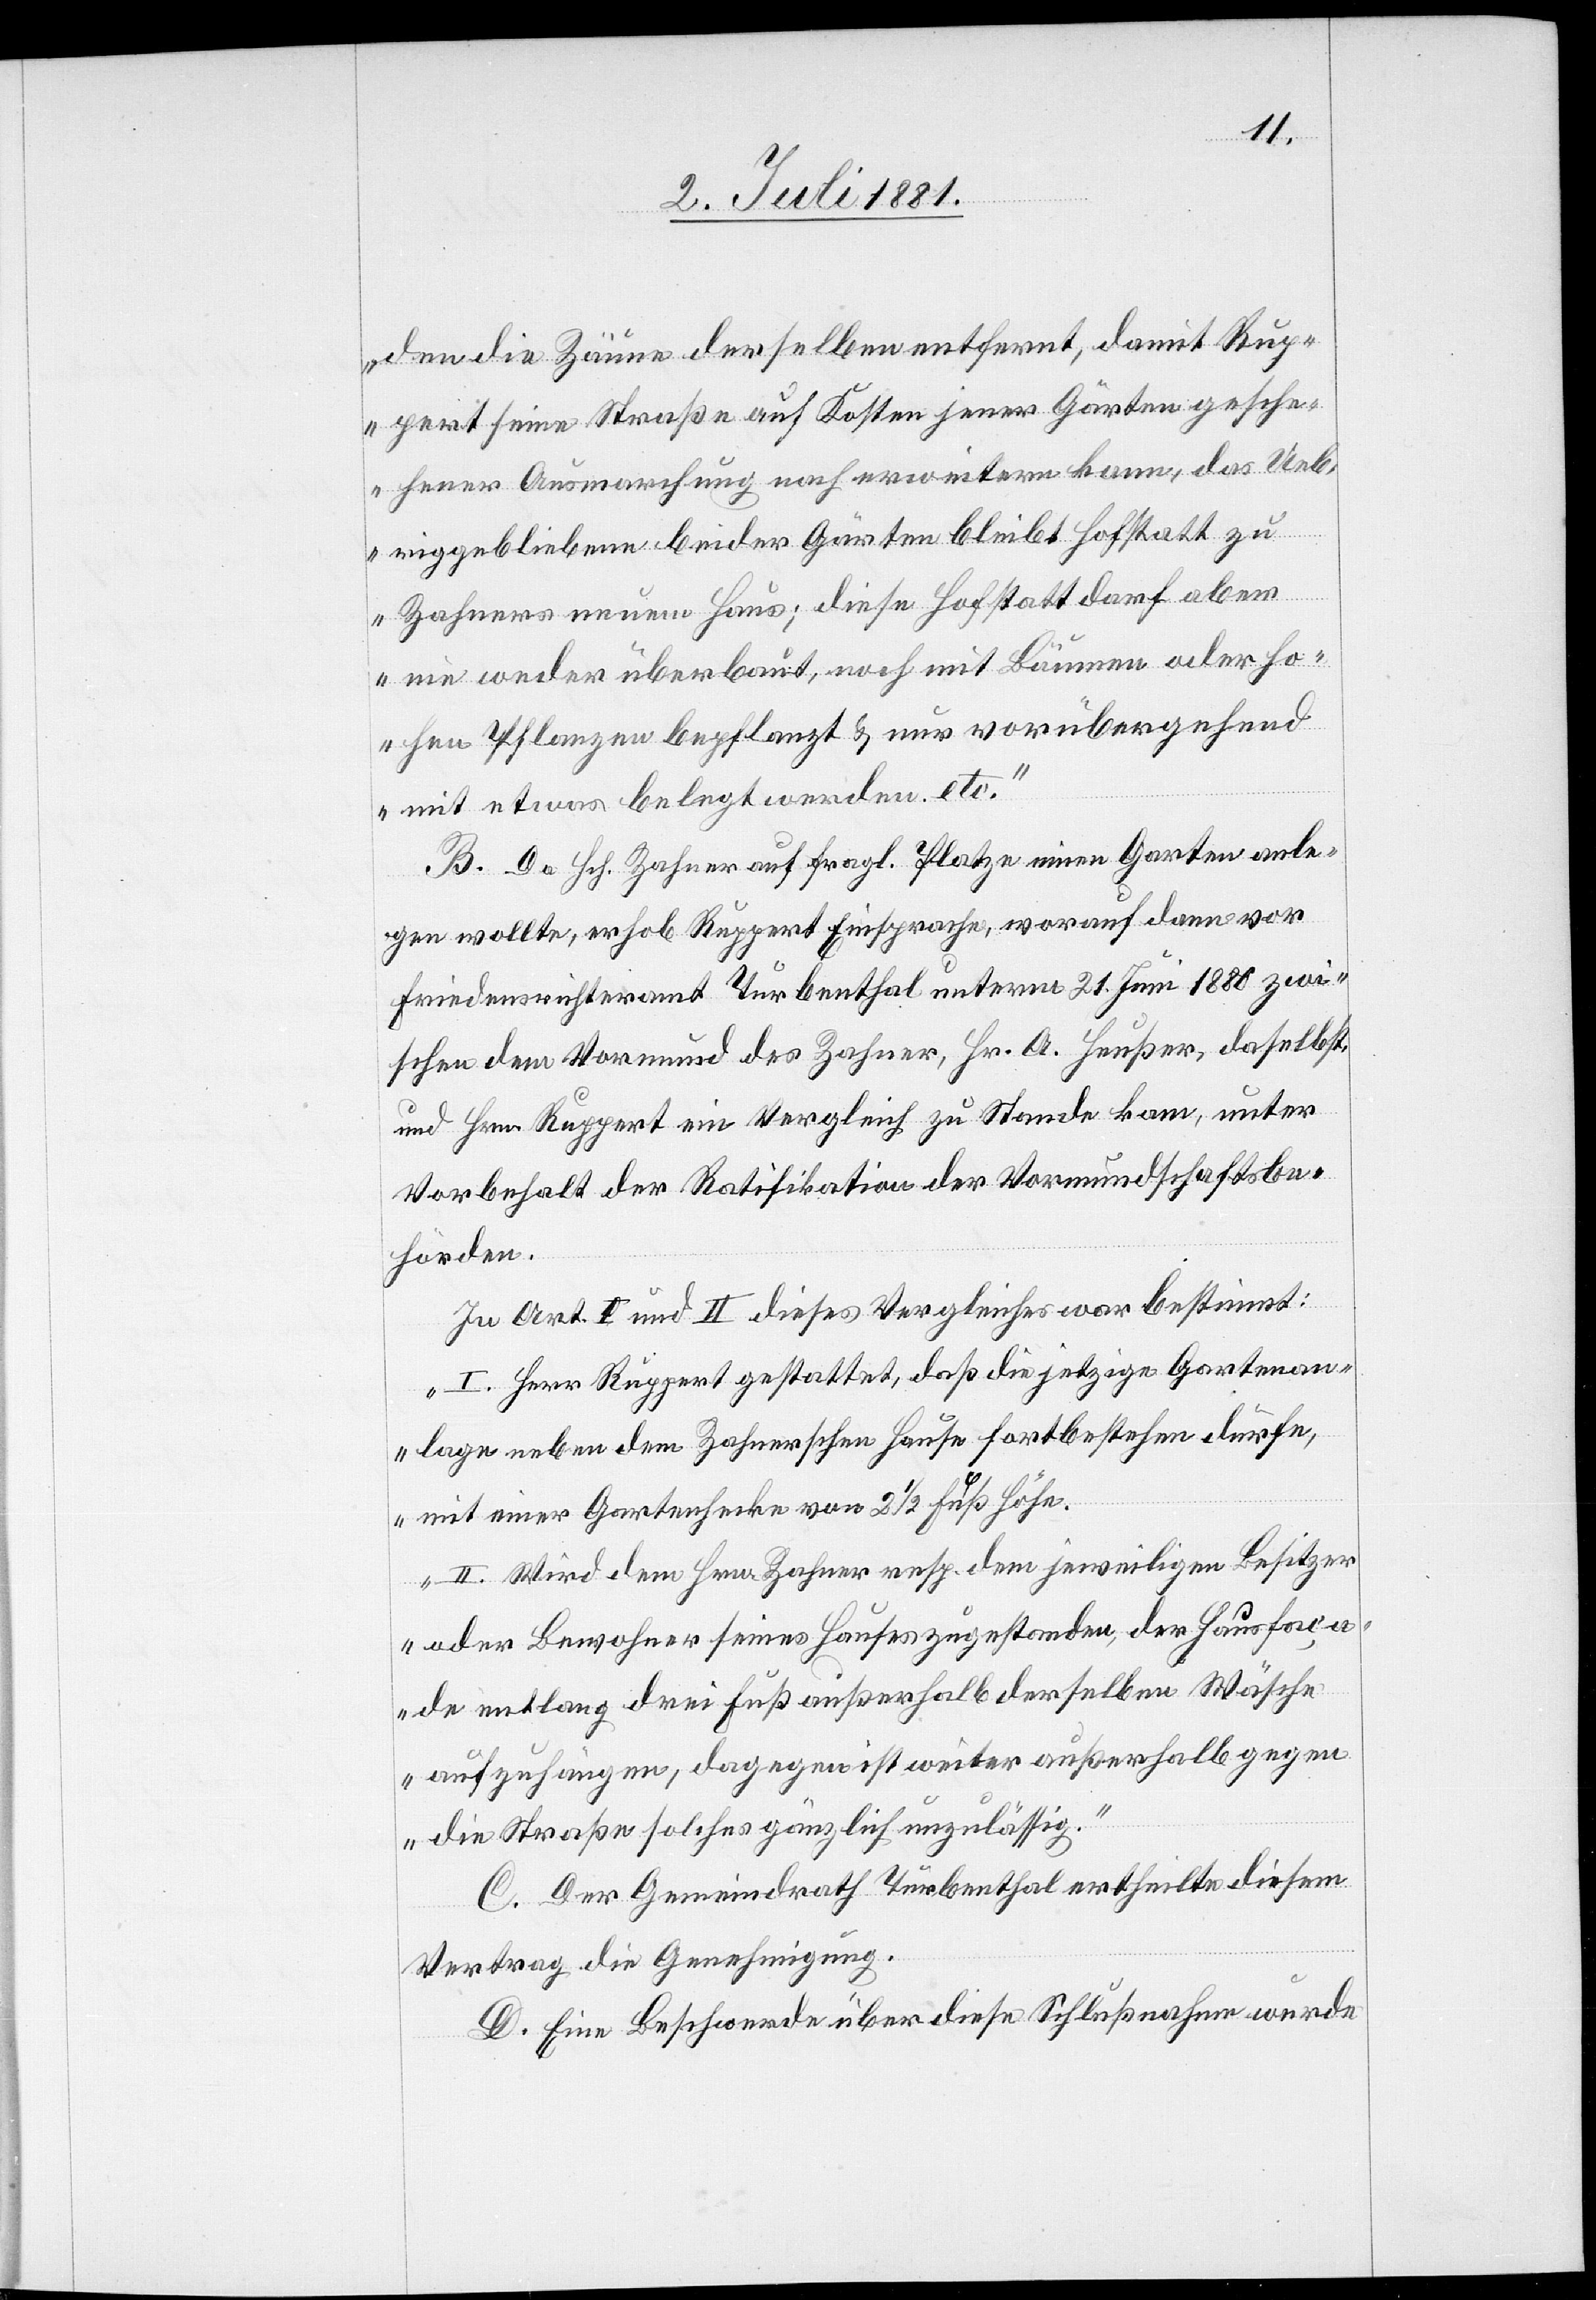
den die Zäune derselben entfernt, damit Rup¬
pert seine Straße auf Kosten jener Gärten gesche¬
hener Ausmarchung nach erweitern kam, das Ueb¬
riggebliebene beider Gärten bleibt Hofstatt zu
Zahners neuem Haus; diese Hofstatt darf aber
nie weder überbaut, noch mit Bäumen oder ho¬
hen Pflanzen bepflanzt & nur vorübergehend
mit etwas belegt werden. etc.“
B. Da Hch. Zahner auf fragl. Platze einen Garten anle¬
gen wollte, erhob Ruppert Einsprache, worauf dann vor
Friedenrichteramt Turbenthal unterm 21. Juni 1880 zwi¬
schen dem Vormund des Zahner, Hr. A. Heußer, daselbst,
und Hrn. Ruppert ein Vergleich zu Stande kam, unter
Vorbehalt der Ratifikation der Vormundschaftsbe¬
hörden.
In Art. I und II dieses Vergleiches war bestimmt:
„I. Herr Ruppert gestattet, daß die jetzige Gartenan¬
lage neben dem Zahnerschen Hause fortbestehen dürfe,
mit einer Gartenhecke von 2 ½ Fuß Höhe.
II. Wird dem Hrn. Zahner resp. dem jeweiligen Besitzer
oder Bewohner seines Hauses zugestanden, der Hausfaça¬
de entlang drei Fuß außerhalb derselben Wäsche
aufzuhängen, dagegen nicht weiter außerhalb gegen
die Straße solches gänzlich unzulässig.“
C. Der Gemeindrath Turbenthal ertheilte diesem
Vertrag die Genehmigung.
D. Eine Beschwerde über diese Schlußnahme wurde